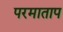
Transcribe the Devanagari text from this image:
परमाताप